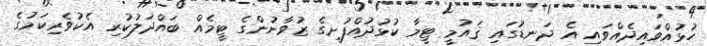
ހުޅުއްވައިދެއްވައި އެ ދަނޑުގައި ޤައުމީ ޓީމާ ކުޅުދުއްފުށީގެ ޒުވާނުންގެ ޓީމެއް ބައްދަލުކުރި އެކުވެރިކަމުގެ